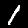
Label: 1